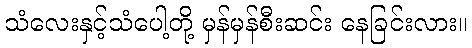
သံလေးနှင့်သံပေါ့တို့ မှန်မှန်စီးဆင်း နေခြင်းလား။